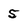
Character: 5